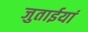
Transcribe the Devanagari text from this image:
जुताईयां